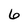
Character: 6